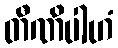
တီဏိပါဟံ